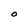
Character: O